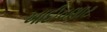
ખાદીવણાટ